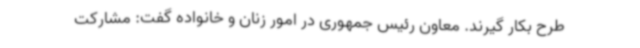
طرح بکار گیرند. معاون رئیس جمهوری در امور زنان و خانواده گفت: مشارکت